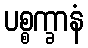
ပစ္စက္ခာနံ